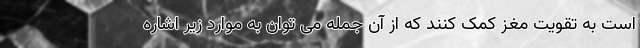
است به تقویت مغز کمک کنند که از آن جمله می توان به موارد زیر اشاره